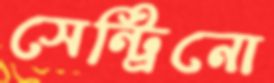
সেন্ট্রিনো